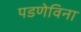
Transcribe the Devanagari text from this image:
पडणेविना